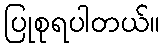
ပြုစုရပါတယ်။